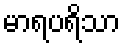
မာရပရိသာ